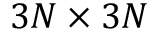
3 N \times 3 N